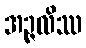
အဉ္ဇလိဿ